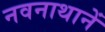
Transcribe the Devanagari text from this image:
नवनाथानें